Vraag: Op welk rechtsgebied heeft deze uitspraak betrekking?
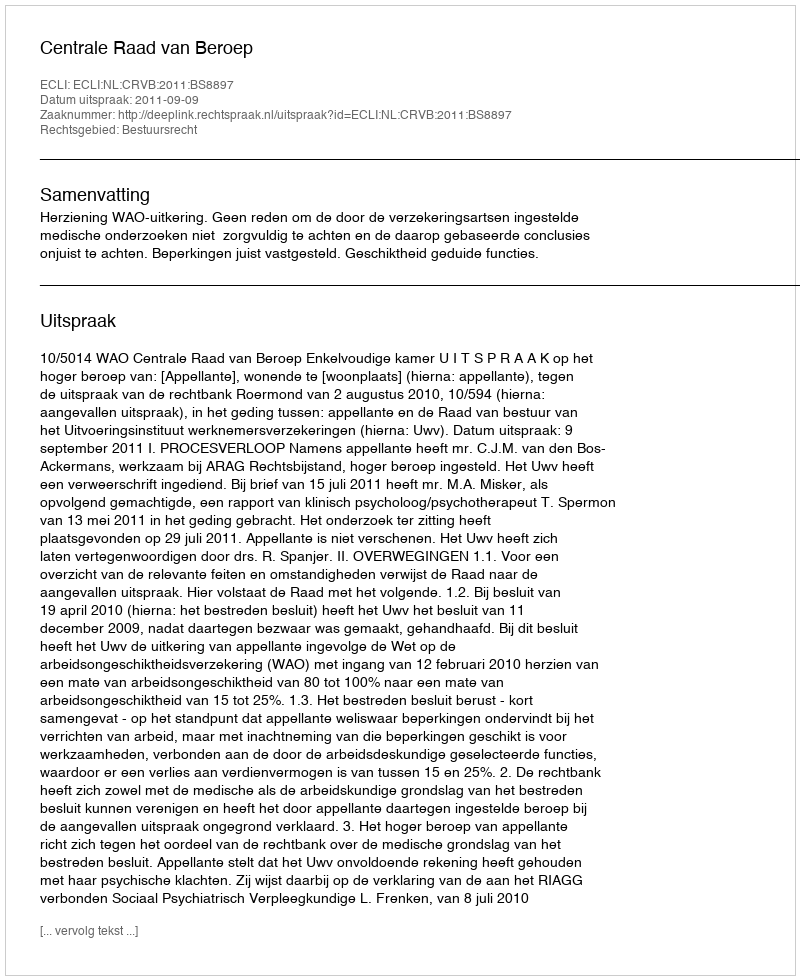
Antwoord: Bestuursrecht